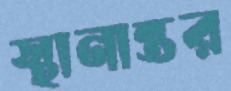
স্থানান্তর